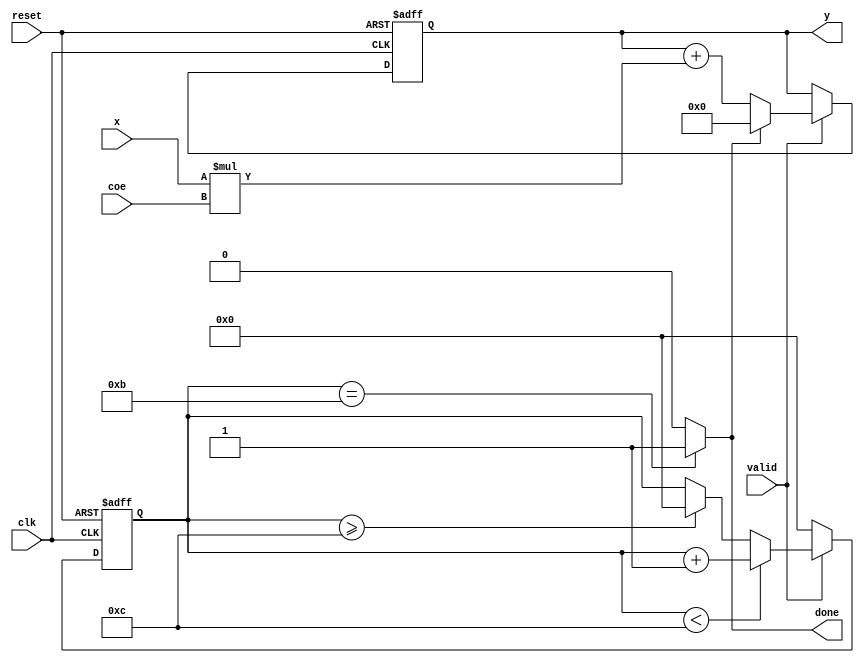
module fir_1a1m (
    input clk,
    input reset,
    input wire [31:0] x,
    input wire [31:0] coe,
    input wire valid, //when new coe & x has came
    output reg [31:0] y,
    output wire done //when new y is generated
);

reg [3:0] counter15;
//reg [31:0] accu;

assign done = (counter15 == 11)? 1 : 0;
//assign y = (counter15 == 11)? accu : 0;

always@(posedge clk or negedge reset)begin
    if(!reset)begin
        counter15 <= 0;
    end
    else begin
        if(valid)begin
            if(counter15 < 12) counter15 <= counter15 + 1;
            else if (counter15 >= 12) counter15 <= 0;
        end
        else counter15 <= 0;

    end
end
    
// always@(posedge clk or negedge reset)begin
//     if(!reset)begin
//         accu <= 0;
//     end
//     else begin
//         if (valid)begin
//             if (!done) accu <= accu + (x * coe);
//             else if (done) accu <= 0;
//         end
//     end
// end

always@(posedge clk or negedge reset)begin
    if(!reset)begin
        y <= 0;
    end
    else begin
        if (valid)begin
            if (!done) y <= y + (x * coe);
            else if (done) y <= 0;
        end
    end
end













endmodule